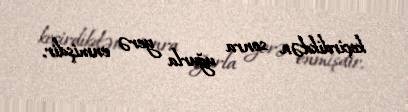
keçirdikdən sonra uğurla yerə enmişdir.